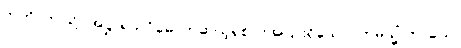
ဣတိ၊ ဤသို့။ အဋ္ဌာရသဝိဓေ၊ တဆယ့်ရှစ်ပါးအပြားရှိသော။ ဣမသ္မိံ ကာယေ၊